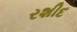
રશીદ